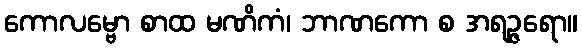
ကောလမ္ဗော စာထ မဏိကံ၊ ဘာဏကော စ အရဉ္ဇရော။